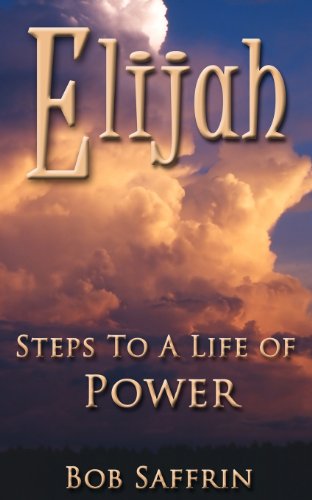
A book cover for Elijah, Steps to a Life of Power; Bob Saffrin; Christian Books & Bibles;